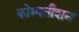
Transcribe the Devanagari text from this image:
कोम्पतीशन